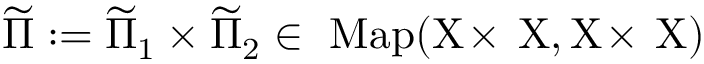
\widetilde \Pi : = \widetilde \Pi \sb 1 \times \widetilde \Pi \sb 2 \in \mathrm { ~ \mathrm { M a p } ( X \! \times \! ~ X , X \! \times \! ~ X ) ~ }